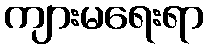
ကျားမရေးရာ